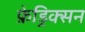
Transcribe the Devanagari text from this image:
फ्रेड्रिक्सन